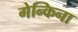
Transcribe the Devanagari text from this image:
गेन्किना